system: You are a helpful assistant.
user:
Analyze the provided spectrum to determine if it is a **Carbon Star (C-type)**.

- **Key Visual Indicators of Carbon Star:**
    - **(Primary):** Strong molecular absorption from **C₂ (diatomic carbon) "Swan Bands."** This is the **defining feature** of a carbon star.
        - **(Key Bandheads):** Sharp absorption edges are visible at approximately $5635$ Å, $5165$ Å (the strongest band), and $4737$ Å.
        - **(Line Profile):** Creates a distinct **"saw-tooth"** pattern. The key morphology is a sharp, steep bandhead on the **red (long-wavelength) side**, which then gradually tapers off (i.e., flux recovers) towards the **blue (short-wavelength) side**. *(This is the direct opposite of the TiO bands seen in M-type stars)*.

    - **(Secondary):** Intense **CN (cyanogen)** molecular absorption bands.
        - **(Key Bandheads):** Located in the blue and violet regions of the spectrum (e.g., near $4215$ Å and $3883$ Å).
        - **(Morphology):** These bands are extremely broad and act as a "blanket," absorbing the vast majority of blue and violet light. This creates a characteristic **"cliff"** or **"steep drop-off"** in the spectrum's flux at short wavelengths.

    - **(Key Confirmation):** Strong **CH absorption band (G-band)**.
        - **(Key Bandhead):** Located around $4300$ Å. The contribution from CH molecules to this band is exceptionally strong.

    - **(Overall Spectrum):**
        - The continuum is severely "chopped up" by these deep molecular bands, especially C₂, rather than appearing as a smooth curve.
        - Due to the heavy CN and C₂ absorption in the blue-green, the vast majority of the star's flux is concentrated in the red part of the spectrum, giving the star its characteristic deep red color.

Think first, call **spectral_visualization_tool** if needed to examine features in detail, then provide your final answer. Your response must adhere to the following strict rules:
1.  **Overall Structure:** Your response must follow the format `<think>...</think> <tool_call>...</tool_call> (if a tool is used) <answer>...</answer>`.
2.  **Tool Usage Constraint:** You may only make **one** tool call per turn.
3.  **Final Answer Format:** In the `<answer>` tag, your conclusion must be inside a `\boxed{}` command (e.g., `\boxed{YES}`), followed by your justification.

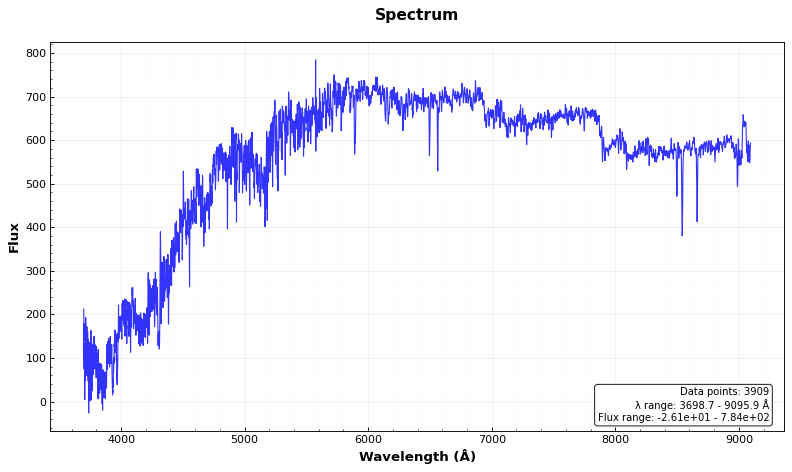
Answer: YES